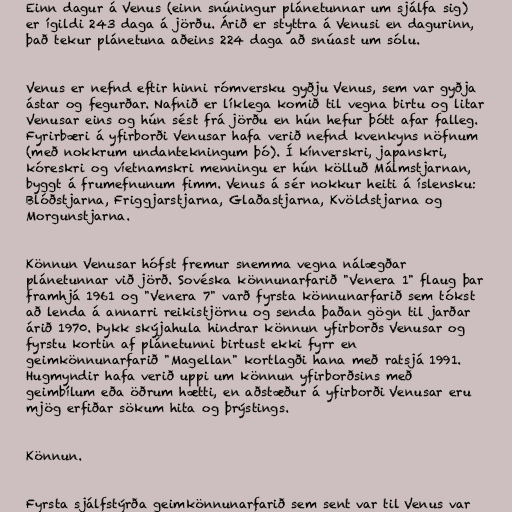
Einn dagur á Venus (einn snúningur plánetunnar um sjálfa sig)
er ígildi 243 daga á jörðu. Árið er styttra á Venusi en dagurinn,
það tekur plánetuna aðeins 224 daga að snúast um sólu.

Venus er nefnd eftir hinni rómversku gyðju Venus, sem var gyðja
ástar og fegurðar. Nafnið er líklega komið til vegna birtu og litar
Venusar eins og hún sést frá jörðu en hún hefur þótt afar falleg.
Fyrirbæri á yfirborði Venusar hafa verið nefnd kvenkyns nöfnum
(með nokkrum undantekningum þó). Í kínverskri, japanskri,
kóreskri og víetnamskri menningu er hún kölluð Málmstjarnan,
byggt á frumefnunum fimm. Venus á sér nokkur heiti á íslensku:
Blóðstjarna, Friggjarstjarna, Glaðastjarna, Kvöldstjarna og
Morgunstjarna.

Könnun Venusar hófst fremur snemma vegna nálægðar
plánetunnar við jörð. Sovéska könnunarfarið "Venera 1" flaug þar
framhjá 1961 og "Venera 7" varð fyrsta könnunarfarið sem tókst
að lenda á annarri reikistjörnu og senda þaðan gögn til jarðar
árið 1970. Þykk skýjahula hindrar könnun yfirborðs Venusar og
fyrstu kortin af plánetunni birtust ekki fyrr en
geimkönnunarfarið "Magellan" kortlagði hana með ratsjá 1991.
Hugmyndir hafa verið uppi um könnun yfirborðsins með
geimbílum eða öðrum hætti, en aðstæður á yfirborði Venusar eru
mjög erfiðar sökum hita og þrýstings.

Könnun.

Fyrsta sjálfstýrða geimkönnunarfarið sem sent var til Venus var